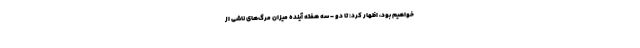
خواهیم بود، اظهار کرد: تا دو - سه هفته آینده میزان مرگ‌های ناشی از